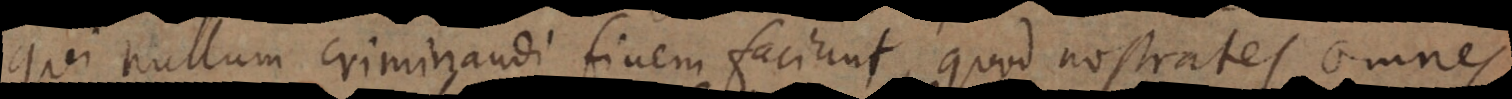
qui nullum criminandi finem faciunt, quod nostrates omnes